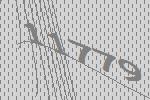
11779